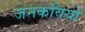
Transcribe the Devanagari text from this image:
जनकवियों